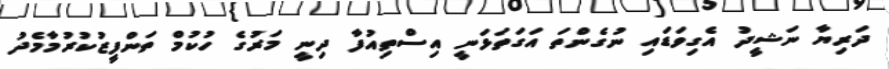
ދަރިޔާ ނަޝީދު އެގިވަޑައި ނުގެންތަ އަގަތަޅަނީ އިސްތިއުފާ ދިނީ މަރުގެ ހުކުމް ތަންފީޒުކުރުމާމެދު